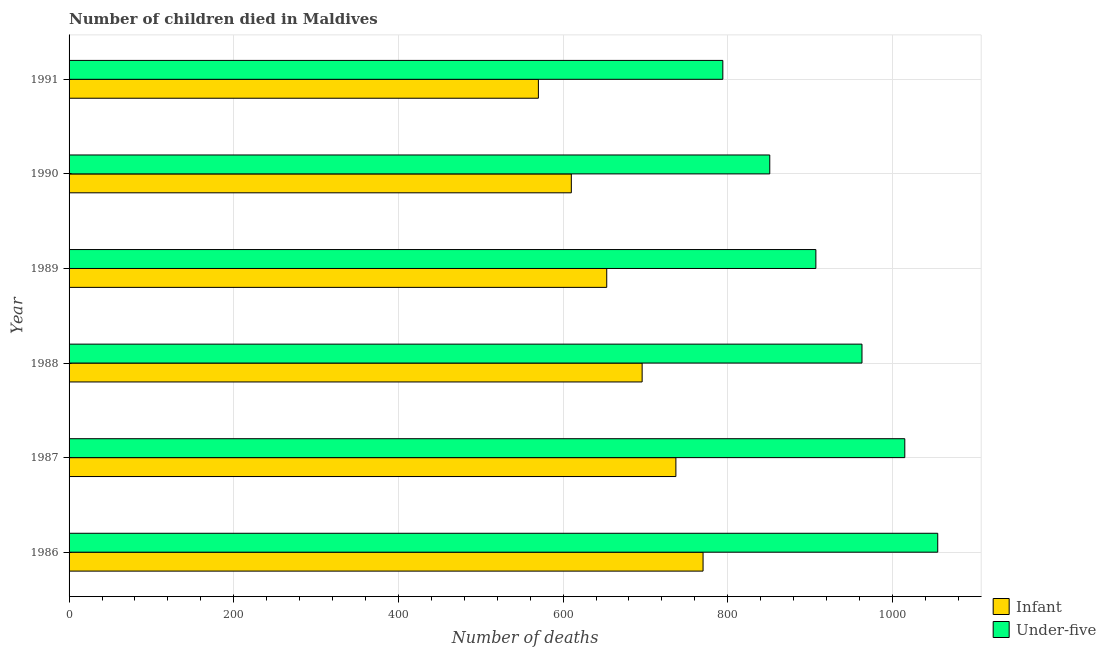
| Year | Infant | Under-five |
 | --- | --- | --- |
 | 1986 | 770 | 1.06e+03 |
 | 1987 | 737 | 1.02e+03 |
 | 1988 | 696 | 963 |
 | 1989 | 653 | 907 |
 | 1990 | 610 | 851 |
 | 1991 | 570 | 794 |